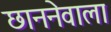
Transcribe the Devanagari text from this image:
छाननेवाला